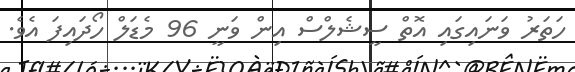
ހަތަރު ވަނައިގައި އޮތް ސީޝެލްސް އިން ވަނީ 96 މެޑަލް ހޯދައިފަ އެވެ.